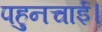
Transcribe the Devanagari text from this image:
पहुनचाई।